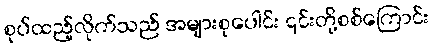
စုပ်ထည့်လိုက်သည် အများစုပေါင်း ၎င်းတို့စစ်ကြောင်း